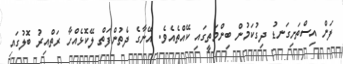
ފަން އިސްތަށިގަނޑު ދިގުކަމުން ބިންމަތީގައި ކޭއްތެއެވެ. އޭނާގެ ދެތުންފަތް ލޭކޮޅެއްހާ ރަތްއިރު ބޮލުގައި